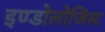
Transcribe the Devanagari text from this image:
इण्डोलोजिस्ट